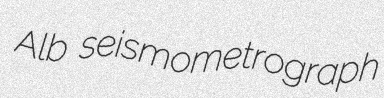
Alb seismometrograph